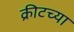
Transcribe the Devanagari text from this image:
क्रीटच्या